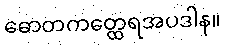
ဓောတကတ္ထေရအပဒါန။